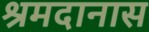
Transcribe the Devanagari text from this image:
श्रमदानास